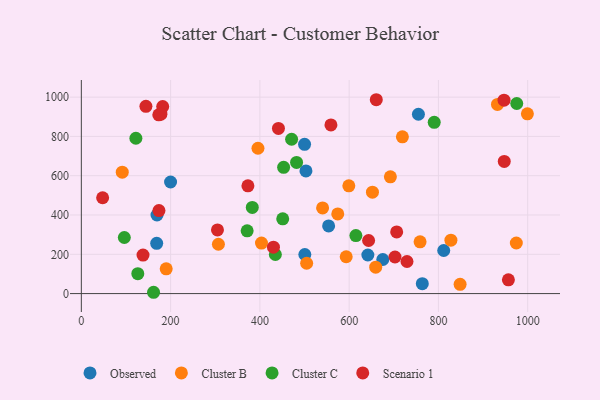
{"axis": {"x": "Engine Size", "y": "Yield"}, "legend": ["Cluster B", "Cluster C", "Observed", "Scenario 1"], "data": [{"x": "500.1", "y": 759.6, "type": "Observed"}, {"x": "500.7", "y": 199.0, "type": "Observed"}, {"x": "169.5", "y": 400.1, "type": "Observed"}, {"x": "503.2", "y": 624.3, "type": "Observed"}, {"x": "763.9", "y": 50.7, "type": "Observed"}, {"x": "641.9", "y": 196.5, "type": "Observed"}, {"x": "168.8", "y": 255.8, "type": "Observed"}, {"x": "755.2", "y": 912.7, "type": "Observed"}, {"x": "199.9", "y": 568.0, "type": "Observed"}, {"x": "675.4", "y": 173.5, "type": "Observed"}, {"x": "811.9", "y": 219.3, "type": "Observed"}, {"x": "554.0", "y": 344.5, "type": "Observed"}, {"x": "504.8", "y": 154.3, "type": "Cluster B"}, {"x": "599.3", "y": 548.5, "type": "Cluster B"}, {"x": "828.0", "y": 271.9, "type": "Cluster B"}, {"x": "999.3", "y": 915.0, "type": "Cluster B"}, {"x": "719.3", "y": 797.7, "type": "Cluster B"}, {"x": "758.9", "y": 263.4, "type": "Cluster B"}, {"x": "540.5", "y": 436.1, "type": "Cluster B"}, {"x": "190.1", "y": 126.2, "type": "Cluster B"}, {"x": "974.5", "y": 257.6, "type": "Cluster B"}, {"x": "307.1", "y": 251.2, "type": "Cluster B"}, {"x": "91.7", "y": 617.8, "type": "Cluster B"}, {"x": "652.2", "y": 516.1, "type": "Cluster B"}, {"x": "848.6", "y": 47.3, "type": "Cluster B"}, {"x": "395.7", "y": 739.7, "type": "Cluster B"}, {"x": "403.6", "y": 256.9, "type": "Cluster B"}, {"x": "574.5", "y": 405.3, "type": "Cluster B"}, {"x": "659.5", "y": 134.7, "type": "Cluster B"}, {"x": "593.4", "y": 187.5, "type": "Cluster B"}, {"x": "692.4", "y": 594.3, "type": "Cluster B"}, {"x": "932.3", "y": 962.7, "type": "Cluster B"}, {"x": "615.1", "y": 295.5, "type": "Cluster C"}, {"x": "453.2", "y": 642.4, "type": "Cluster C"}, {"x": "383.0", "y": 438.3, "type": "Cluster C"}, {"x": "371.5", "y": 319.5, "type": "Cluster C"}, {"x": "161.8", "y": 6.7, "type": "Cluster C"}, {"x": "790.6", "y": 871.5, "type": "Cluster C"}, {"x": "471.1", "y": 785.6, "type": "Cluster C"}, {"x": "96.3", "y": 285.4, "type": "Cluster C"}, {"x": "434.7", "y": 199.0, "type": "Cluster C"}, {"x": "975.5", "y": 967.6, "type": "Cluster C"}, {"x": "482.2", "y": 667.4, "type": "Cluster C"}, {"x": "451.2", "y": 380.7, "type": "Cluster C"}, {"x": "126.5", "y": 101.3, "type": "Cluster C"}, {"x": "122.2", "y": 790.6, "type": "Cluster C"}, {"x": "706.5", "y": 313.7, "type": "Scenario 1"}, {"x": "702.7", "y": 186.2, "type": "Scenario 1"}, {"x": "441.6", "y": 840.4, "type": "Scenario 1"}, {"x": "559.2", "y": 858.4, "type": "Scenario 1"}, {"x": "173.9", "y": 422.6, "type": "Scenario 1"}, {"x": "660.8", "y": 986.7, "type": "Scenario 1"}, {"x": "305.0", "y": 323.8, "type": "Scenario 1"}, {"x": "373.2", "y": 548.6, "type": "Scenario 1"}, {"x": "182.3", "y": 951.6, "type": "Scenario 1"}, {"x": "956.8", "y": 70.2, "type": "Scenario 1"}, {"x": "729.6", "y": 163.4, "type": "Scenario 1"}, {"x": "173.5", "y": 910.1, "type": "Scenario 1"}, {"x": "47.7", "y": 487.8, "type": "Scenario 1"}, {"x": "947.5", "y": 672.6, "type": "Scenario 1"}, {"x": "947.0", "y": 984.6, "type": "Scenario 1"}, {"x": "643.6", "y": 270.1, "type": "Scenario 1"}, {"x": "178.3", "y": 913.1, "type": "Scenario 1"}, {"x": "138.2", "y": 196.0, "type": "Scenario 1"}, {"x": "430.4", "y": 236.4, "type": "Scenario 1"}, {"x": "144.7", "y": 953.1, "type": "Scenario 1"}]}